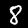
Digit: 8